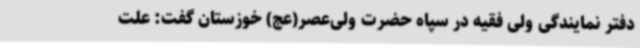
دفتر نمایندگی ولی فقیه در سپاه حضرت ولی‌عصر(عج) خوزستان گفت: علت